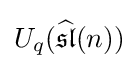
U_{q}({\widehat {\mathfrak {sl}}}(n))